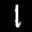
Label: 1